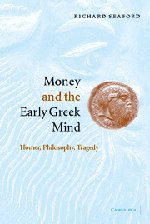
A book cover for Money and the Early Greek Mind: Homer, Philosophy, Tragedy; Richard Seaford; Literature & Fiction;